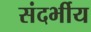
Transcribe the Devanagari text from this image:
संदर्भीय